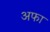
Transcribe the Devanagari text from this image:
अफा